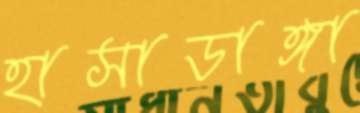
হাসাডাঙ্গা